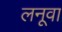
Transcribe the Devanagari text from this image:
लनूवा